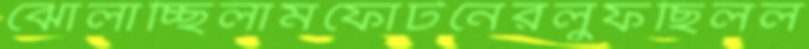
ঝোলাচ্ছিলামফোটনেরলুফছিলল